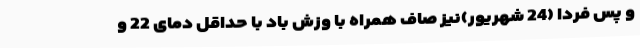
و پس فردا (24 شهریور)نیز صاف همراه با وزش باد با حداقل دمای 22 و